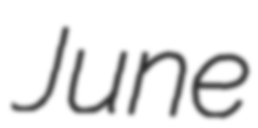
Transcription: June